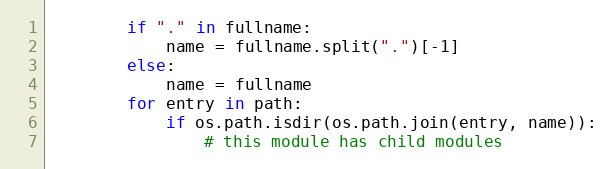
Language: Python
        if "." in fullname:
            name = fullname.split(".")[-1]
        else:
            name = fullname
        for entry in path:
            if os.path.isdir(os.path.join(entry, name)):
                # this module has child modules